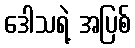
ဒေါသရဲ့ အပြစ်